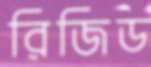
রিজিড